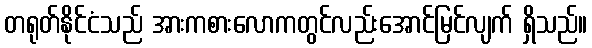
တရုတ်နိုင်ငံသည် အားကစားလောကတွင်လည်းအောင်မြင်လျက် ရှိသည်။